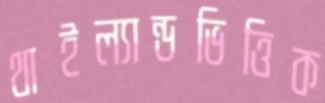
থাইল্যান্ডভিত্তিক